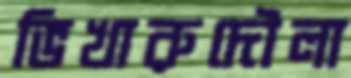
ভিখারুদৌলা